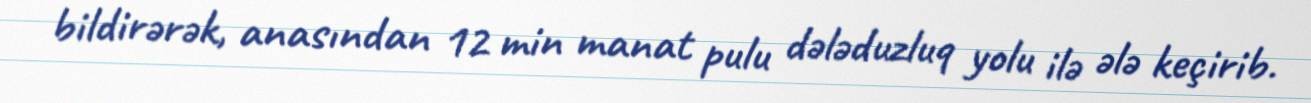
bildirərək, anasından 12 min manat pulu dələduzluq yolu ilə ələ keçirib.